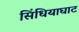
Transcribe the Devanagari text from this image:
सिंधियाघाट